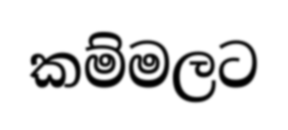
කම්මලට